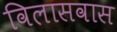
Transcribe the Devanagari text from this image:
विलासवास